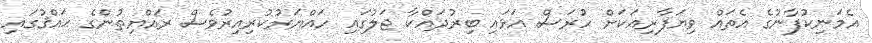
އެމަނިކުފާނުގެ އެތައް ވިޔަފާރިއަކަށް ހުރަސް އަޅައި ބިރުދައްކާ ޖަލުގައި ހައްޔަރުކުރިއިރުވެސް ރައްޔިތުންގެ ޙައްޤުގައި